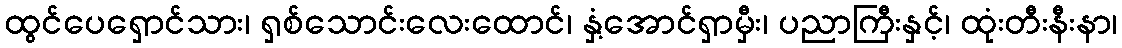
ထွင်ပေရှောင်သား၊ ရှစ်သောင်းလေးထောင်၊ နှံ့အောင်ရှာမှီး၊ ပညာကြီးနှင့်၊ ထုံးတီးနီးနာ၊